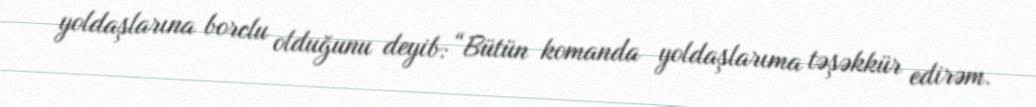
yoldaşlarına borclu olduğunu deyib: “Bütün komanda yoldaşlarıma təşəkkür edirəm.